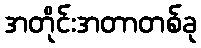
အတိုင်းအတာတစ်ခု